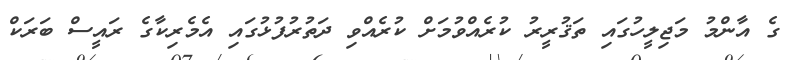
ގެ އާންމު މަޖިލީހުގައި ތަޤުރީރު ކުރެއްވުމަށް ކުރެއްވި ދަތުރުފުޅުގައި އެމެރިކާގެ ރައީސް ބަރަކް